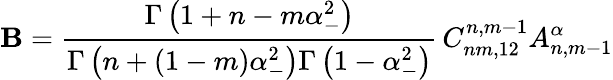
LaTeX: \mathbf{B}=\frac{{\Gamma\left(1+n-m\alpha_{-}^{2}\right)}}{{\Gamma\left(n+(1-m)\alpha_{-}^{2}\right)\Gamma\left(1-\alpha_{-}^{2}\right)}}\, C_{nm,12}^{n,m-1}A_{n,m-1}^{\alpha}